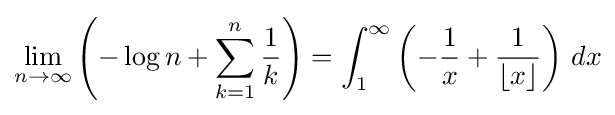
\lim _{n\to \infty }\left(-\log n+\sum _{k=1}^{n}{\frac {1}{k}}\right)=\int _{1}^{\infty }\left(-{\frac {1}{x}}+{\frac {1}{\lfloor x\rfloor }}\right)\,dx